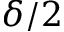
\delta / 2